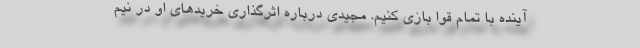
آینده با تمام قوا بازی کنیم. مجیدی درباره اثرگذاری خریدهای او در نیم